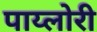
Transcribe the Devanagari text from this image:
पाय्लोरी